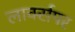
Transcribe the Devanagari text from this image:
लार्क्सपर